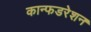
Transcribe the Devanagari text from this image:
कान्फडरेशन